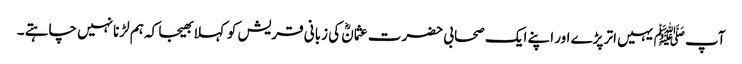
آپ ﷺیہیں اتر پڑے اور اپنے ایک صحابی حضرت عثمانؓ کی زبانی قریش کو کہلا بھیجا کہ ہم لڑنانہیں چاہتے ۔